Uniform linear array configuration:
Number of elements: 16
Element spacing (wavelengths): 1
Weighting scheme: uniform
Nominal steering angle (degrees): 30
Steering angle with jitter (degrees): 30.455
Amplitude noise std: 0.05
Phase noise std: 0.05

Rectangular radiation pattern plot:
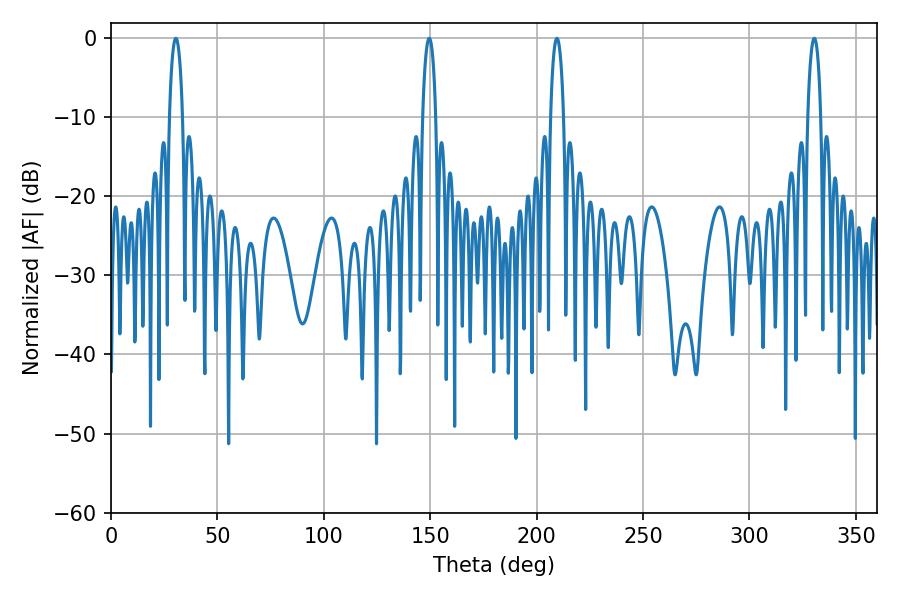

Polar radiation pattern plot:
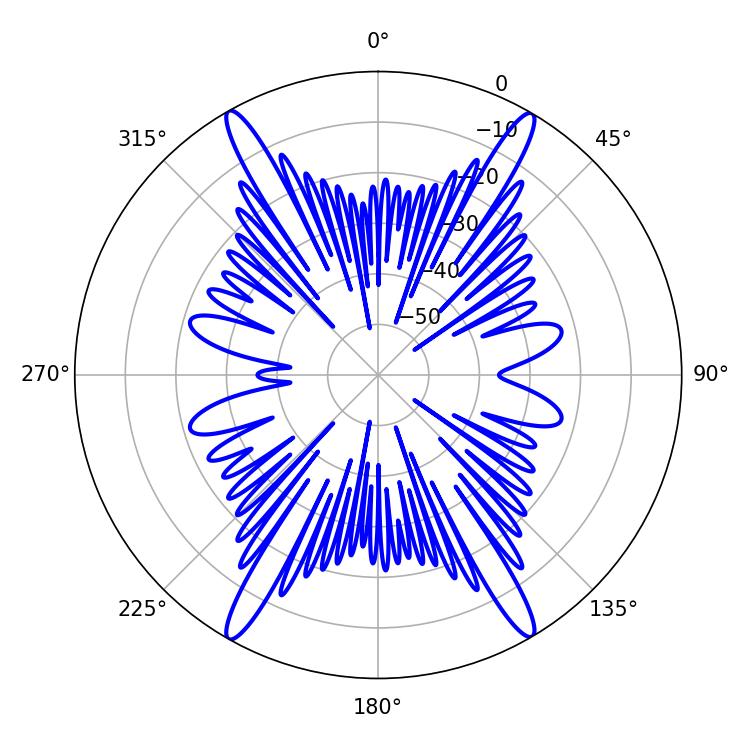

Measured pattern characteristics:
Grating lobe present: TRUE
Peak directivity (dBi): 29.625
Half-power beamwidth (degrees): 3.42
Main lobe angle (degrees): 209.52